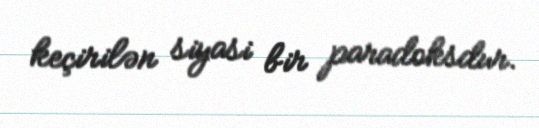
keçirilən siyasi bir paradoksdur.